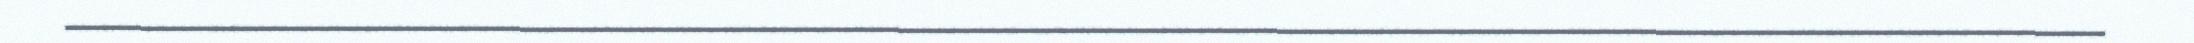
_________________________________________________